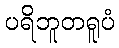
ပရိဘူတရူပံ